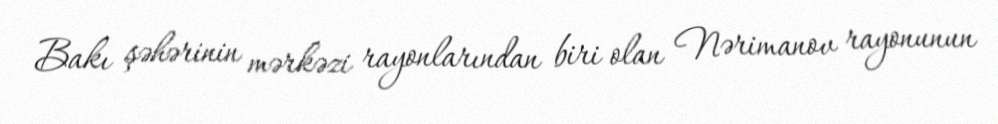
Bakı şəhərinin mərkəzi rayonlarından biri olan Nərimanov rayonunun